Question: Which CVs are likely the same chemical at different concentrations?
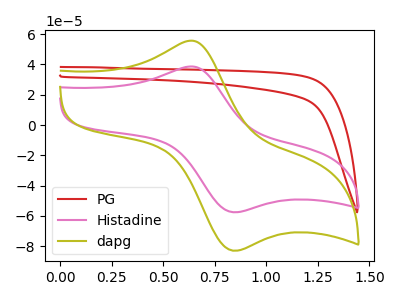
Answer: <think>The red curve "PG" has no peaks. The pink curve "Histadine" has an anodic peak at (0.65V, 38.60uA) and a cathodic peak at (0.85V, -57.55uA). The olive curve "dapg" has an anodic peak at (0.65V, 55.65uA) and a cathodic peak at (0.85V, -82.95uA).
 "PG" and "Histadine" have a different number of peaks. "PG" and "dapg" have a different number of peaks. All the peaks in "Histadine" have a peak in "dapg" at the same potential. Every peak in "Histadine" is lower than every peak in "dapg".</think>
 <answer>"Histadine" and "dapg" have the same shape and are likely CV's of the same chemical.</answer>
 <eval>"Histadine" "dapg"</eval>